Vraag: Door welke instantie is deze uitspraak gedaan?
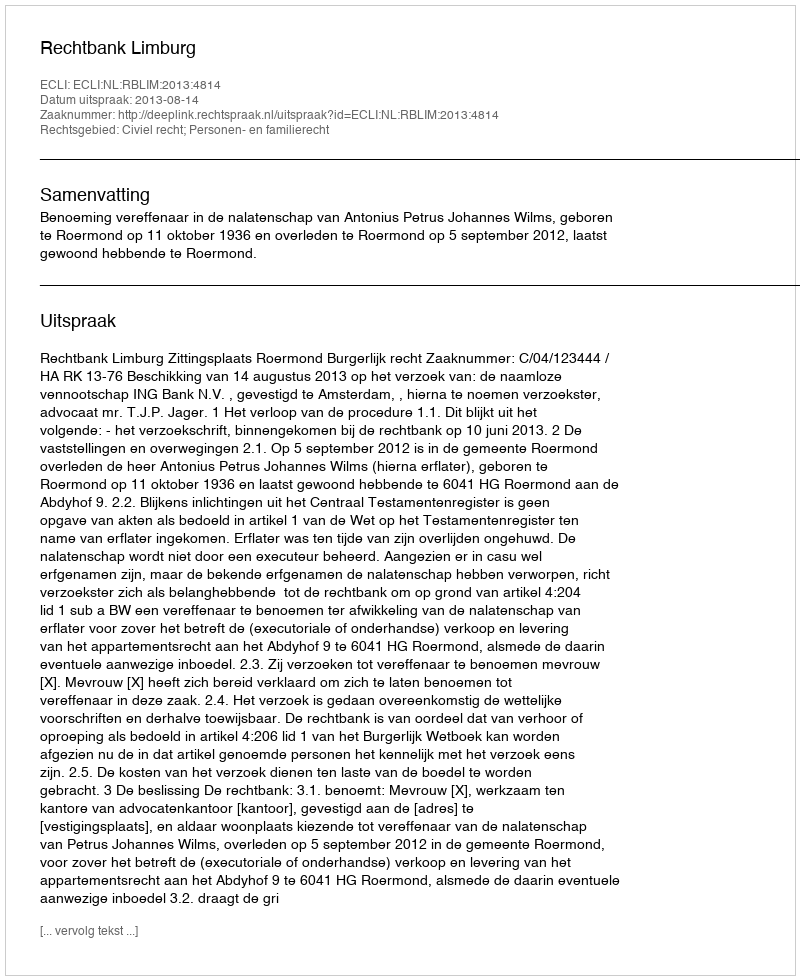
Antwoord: Rechtbank Limburg